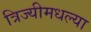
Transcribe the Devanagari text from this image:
त्रिज्यीमधल्या